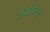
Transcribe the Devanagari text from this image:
सैबमिलर